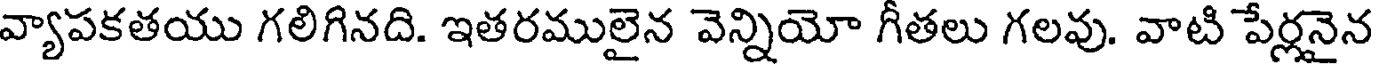
వ్యాపకతయు గలిగినది. ఇతరములైన వెన్నియో గీతలు గలవు. వాటి పేర్లనైన